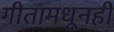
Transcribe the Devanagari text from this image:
गीतामधूनही